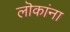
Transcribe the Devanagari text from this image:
लॊकांना